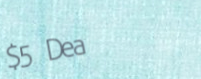
$5 Deal